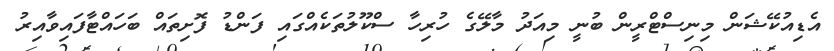
އެޑިއުކޭޝަން މިނިސްޓްރީން ބުނީ މިއަދު މާލޭގެ ހުރިހާ ސްކޫލުތަކެއްގައި ފަންޑު ފޮށިތައް ބަހައްޓާފައިވާއިރު